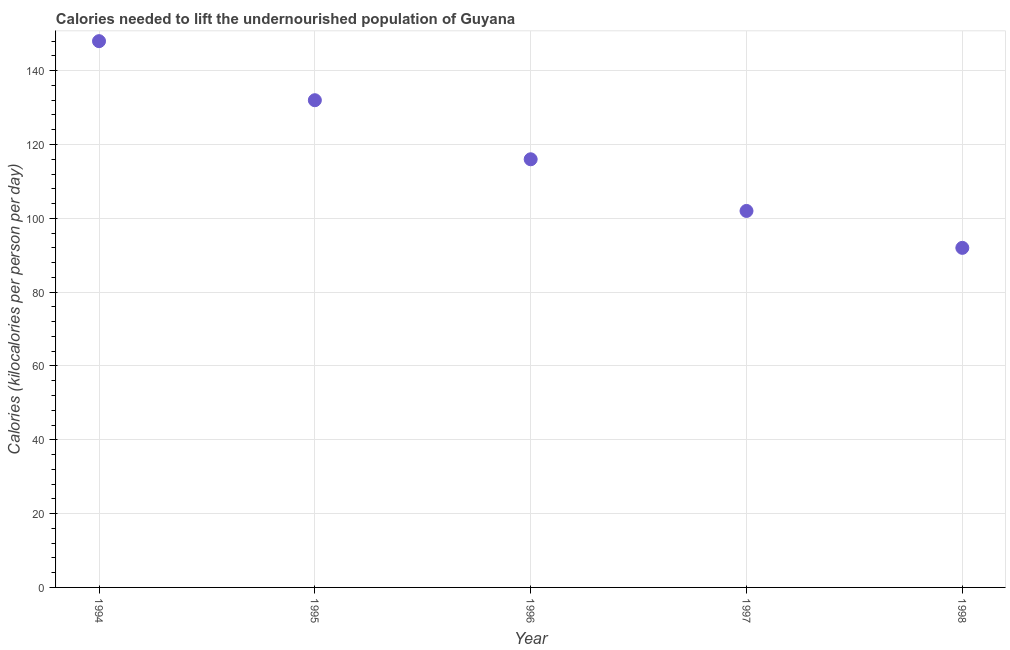
| Year | Depth of the food deficit |
 | --- | --- |
 | 1994 | 148 |
 | 1995 | 132 |
 | 1996 | 116 |
 | 1997 | 102 |
 | 1998 | 92 |